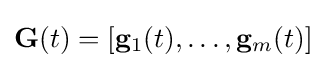
\mathbf {G} (t)=[\mathbf {g} _{1}(t),\ldots ,\mathbf {g} _{m}(t)]